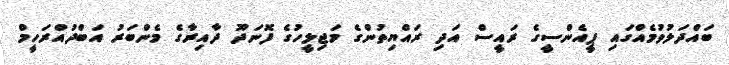
ބައްދަލުވުމެއްގައި ޕީއެންސީގެ ރައީސް އަދި ރައްޔިތުންގެ މަޖިލީހުގެ ފޮނަދޫ ދާއިރާގެ މެންބަރު އަބްދުއްރަހީމް